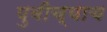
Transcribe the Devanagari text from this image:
पुवीच्याच